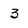
Character: 3